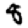
Digit: 8